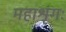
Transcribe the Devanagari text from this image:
महाश्रृंगः